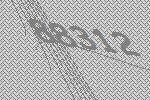
88312